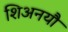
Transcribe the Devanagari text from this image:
शिअनयौ